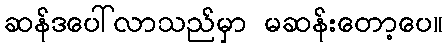
ဆန်ဒပေါ်လာသည်မှာ မဆန်းတော့ပေ။